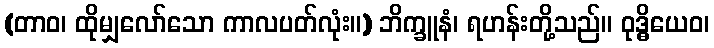
(တာဝ၊ ထိုမျှလော်သော ကာလပတ်လုံး။) ဘိက္ခူနံ၊ ရဟန်းတို့သည်။ ဝုဒ္ဓိယေဝ၊